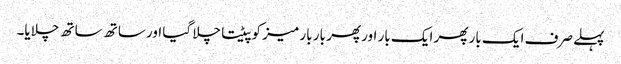
پہلے صرف ایک بار پھر ایک بار اور پھر بار بار میز کو پیٹتا چلا گیا اور ساتھ ساتھ چلایا۔